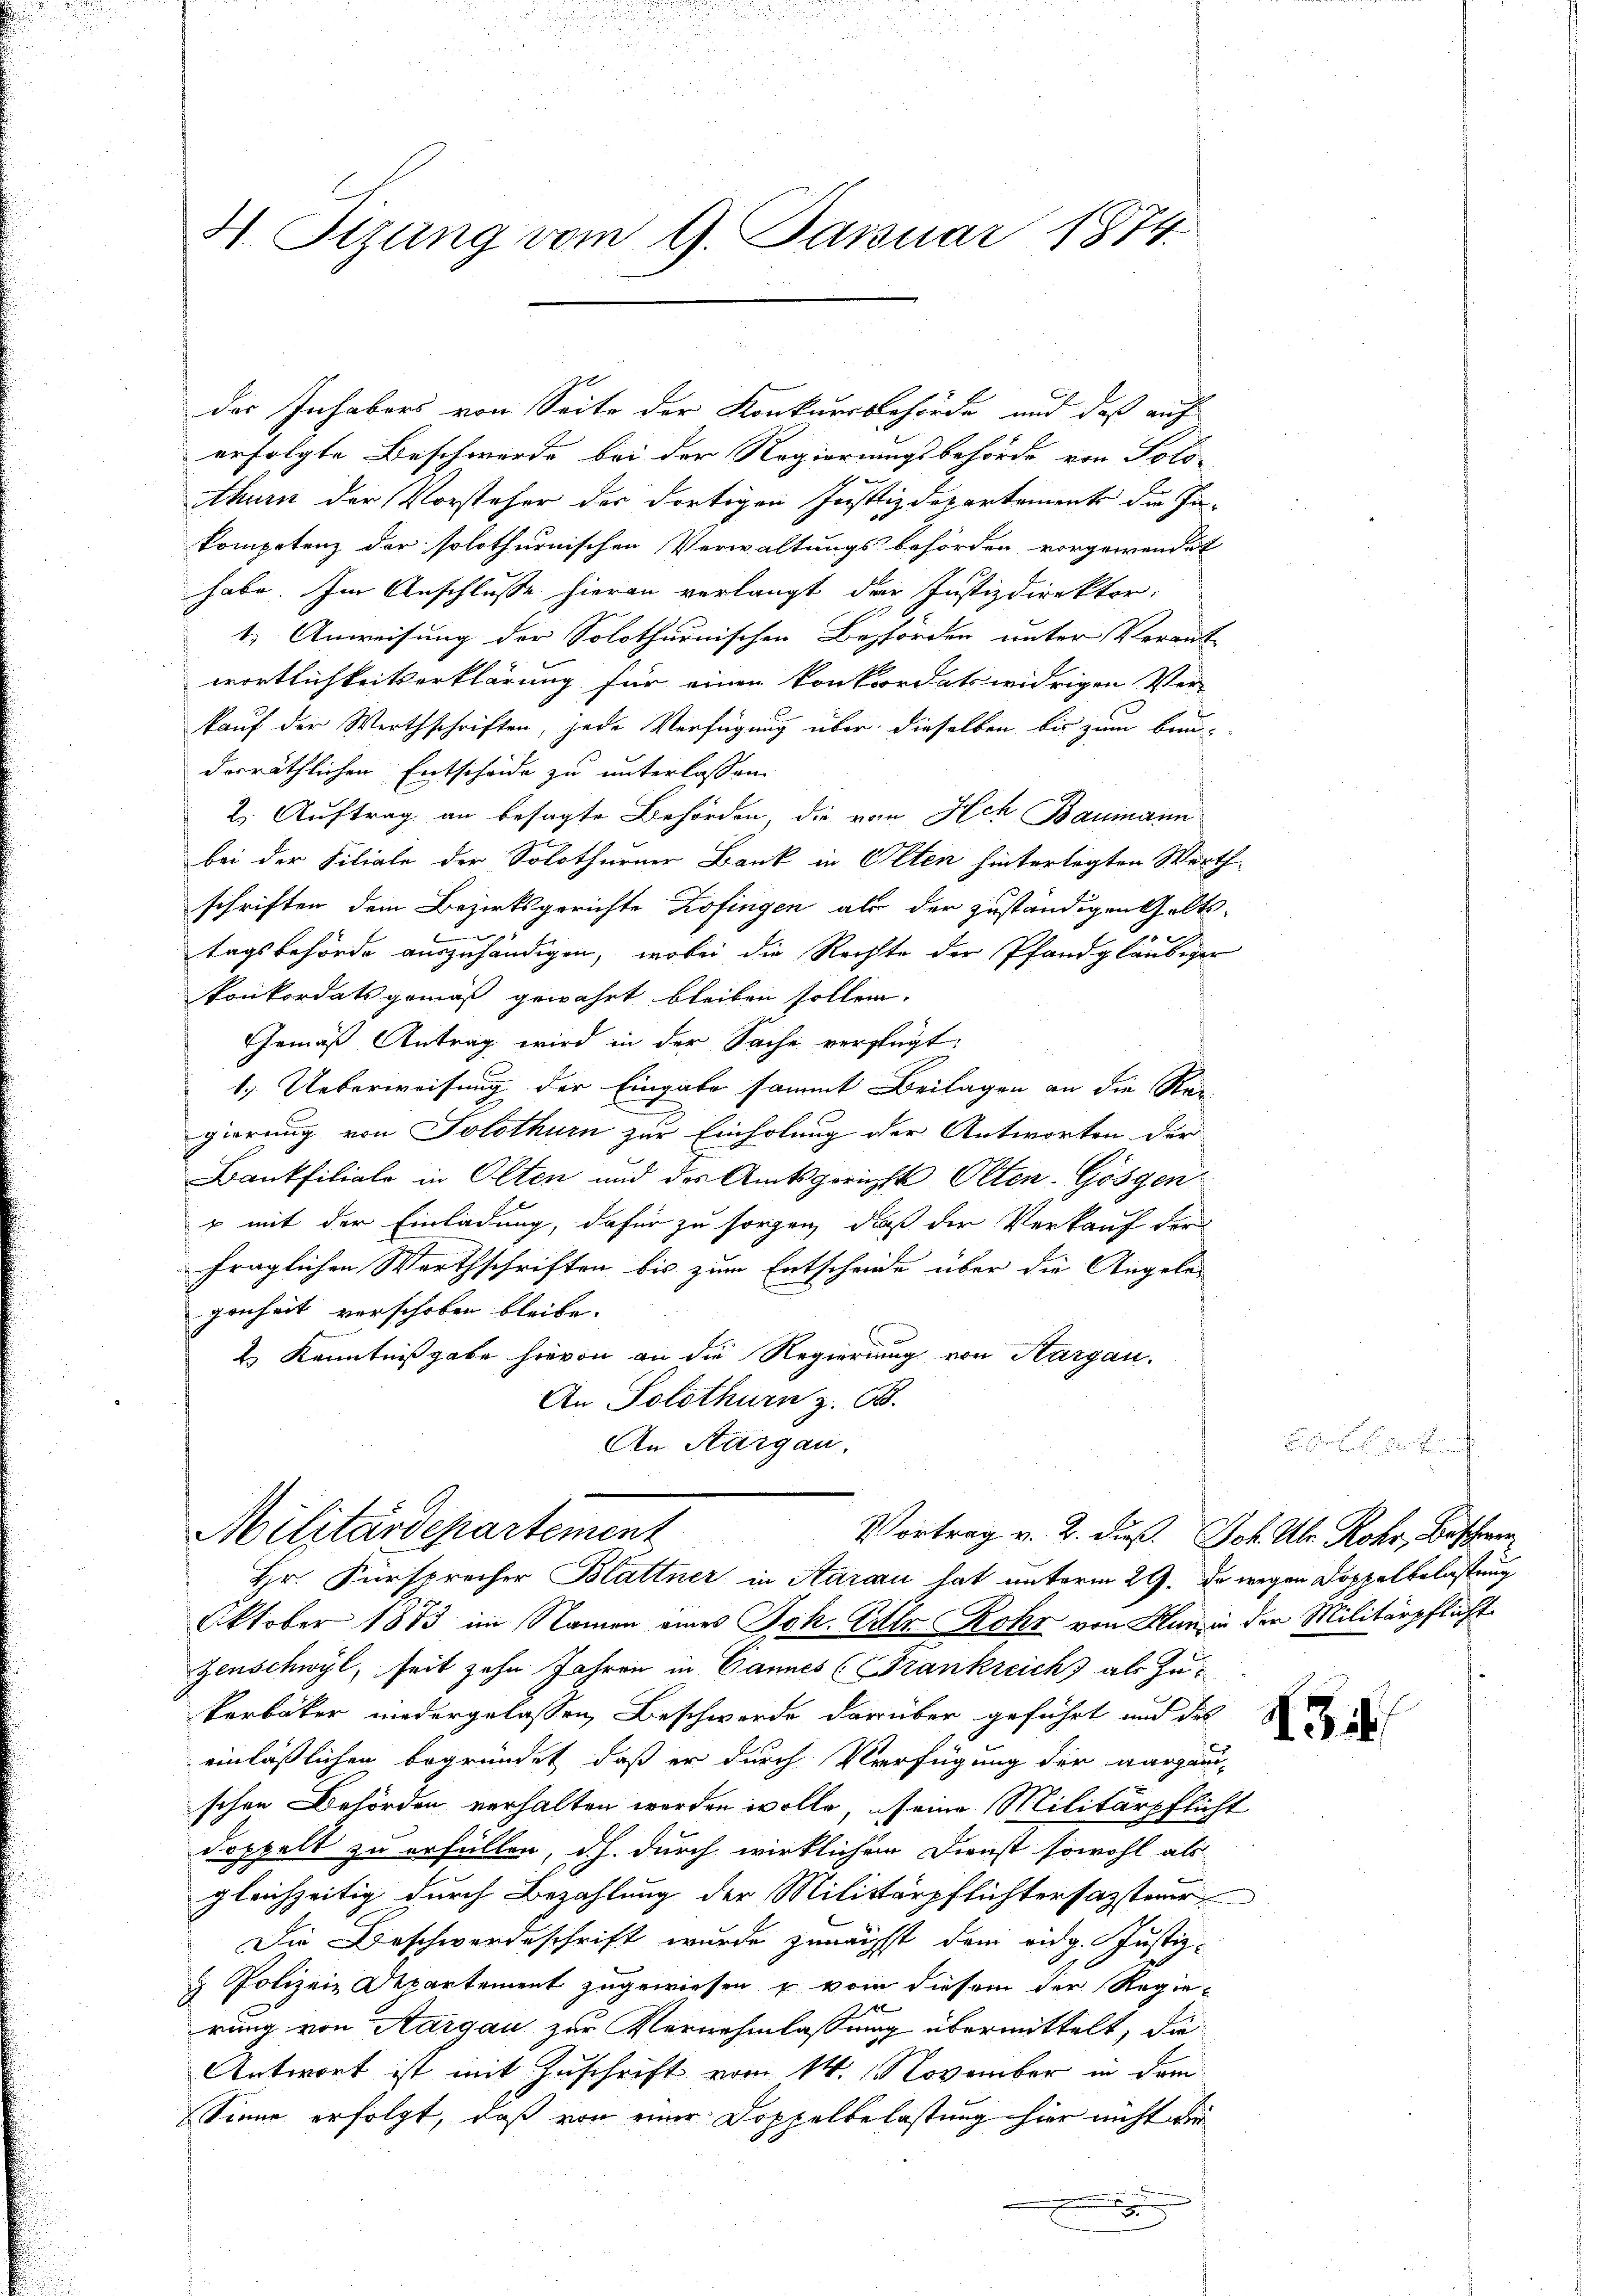
H. Sezung vom 9. Januar 1874.

der Inhabers von Seite der Konkursbehörde und daß auf
erfolgte Beschwerde bei der Regierungsbehörde von Solo-
Athurn der Vorsteher der dortigen Justizdepartements die Ju-
kompetenz der solothurnischen Verwaltungsbehörden vorgewendet
habe. Im Anschlusse hieran verlangt der Justizdirektor.
t. Anweisung der Solothurnischen Beförden unter Verant-
wortlichkeitserklärung für einen konkordatswidrigen Ver-
kauf der Werthschriften, jede Verfügung über dieselben bis zum beru-
derräthlichen Entscheide zu unterlassen
2. Auftrag an besagte Behörden, die von Hch Baumann
bei der Filiale der Solothurner Bank in Olten hinterlegten Werth
schriften dem Bezirksgerichte Zofingen als der zuständigen Geltse
h
tagsbehörde auszuhändigen, wobei die Rechte der Pfandgläubiger
Ponkordats gemäß gewährt bleiben sollen.
Gemäß Antrag wird in der Sache verfügt:
1.) Ueberweisung der Eingabe sammt Beilagen an die Rei-
gierung von Solothurn zur Einholung der Antworten der
Bankfiliale in Olten und des Amtsgerichts Olten-Gösgen
p mit der Einladung, dafür zu sorgen, daß der Verkauf der
fraglichen Werthschriften bis zum Entscheide über die Angele
genheit verschoben bleibe.
2 Kenntnißgabe hievon an die Regierung von Aargau.
An Solothurn z. B.
An Aargau.

Militärdepartement
Vortrag v. 2. dieß Joh. Uhr. Rohr, Beschwer
Hr. Fürsprecher Blattner in Aarau hat unterm 29. Da wegen Doppelbelastung

Oktober 1883 im Namen eines Joh. Ullr Rohr von Kunz in der Militärpflicht
Zenschwyl, seit zehn Jahren in Cannes (Frankreich) als Zu-
kerbäker niedergelassen, Beschwerde darüber geführt und des
einlässlichen begründet, daß er durch Verfügung der aargauischen Behörden verhalten werden wolle, seine Militärpflicht
doppelt zu erfüllen, d.h. durch wirklichen Dienst sowohl als
gleichzeitig durch Bezahlung der Militärpflichtersazsteur
Die Beschwerdeschrift wurde zunächst dem eidg. Justiz-
 Polizeie Departement zugewiesen u vom diesem der Regied
rung von Aargau zur Vernehmlassung übermittelt, die
Antwort ist mit Zuschrift vom 14. November in dem
Sinne erfolgt, daß von einer Doppelbelastung hier nicht ver
d

der

134